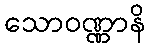
သောဝဏ္ဏာနိ